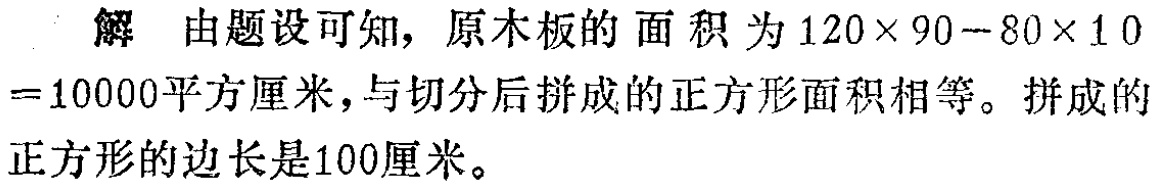
解 由题设可知，原木板的面积为\(120\times 90 - 80\times 10\)

\(=10000\)平方厘米，与切分后拼成的正方形面积相等。拼成的

正方形的边长是100厘米。